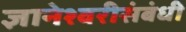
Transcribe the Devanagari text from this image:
ज्ञानेश्वरीसंबंधी